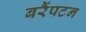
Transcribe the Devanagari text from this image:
बरैंपटन